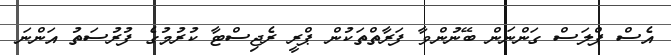
އެސް ޕްލަސް ގަންނަން ބޭނުންވާ ފަރާތްތަކުން ޕްރީ ރެޖިސްޓާ ކުރުމުގެ ފުރުސަތު އަންނަ